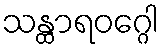
သန္ထာရဝဂ္ဂေါ